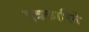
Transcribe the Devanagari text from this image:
पत्रकारिते